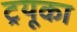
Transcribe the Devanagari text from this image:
ट्रयूका